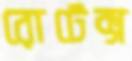
রোটেক্স